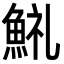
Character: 𩷋